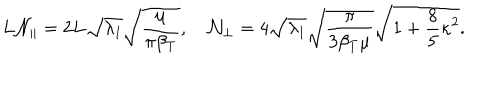
L { \cal N } _ { \parallel } = 2 L \sqrt { \lambda _ { 1 } } \sqrt { \frac { \mu } { \pi \beta _ { T } } } , \quad { \cal N } _ { \perp } = 4 \sqrt { \lambda _ { 1 } } \sqrt { \frac { \pi } { 3 \beta _ { T } \mu } } \sqrt { 1 + \frac 8 5 \kappa ^ { 2 } } .